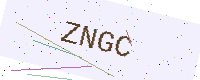
Text: ZNGC